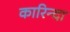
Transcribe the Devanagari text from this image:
कारिन्दा